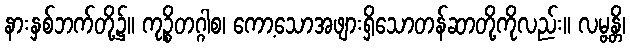
နားနှစ်ဘက်တို့၌။ ကုဉ္စိတဂ္ဂါစ၊ ကော့သောအဖျားရှိသောတန်ဆာတို့ကိုလည်း။ လမ္ဗန္တိ၊